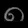
Digit: ၈